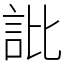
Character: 䚹